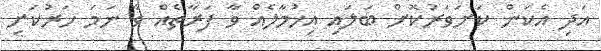
އަދި އެކަން ކަށަވަރުކޮށް ބަލައި އިހުމާލެއް ވާ ފަރާތެއް ވާ ނަމަ ހަރުކަށި